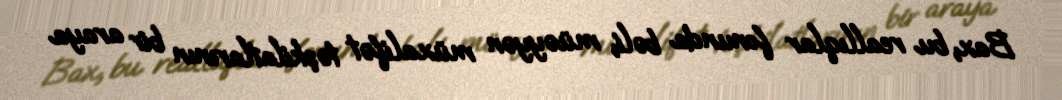
Bax, bu reallıqlar fonunda bəli, müəyyən müxalifət təşkilatlarının bir araya